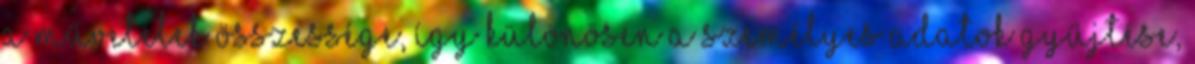
a műveletek összessége, így különösen a személyes adatok gyűjtése,